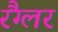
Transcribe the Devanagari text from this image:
रैंग्लर